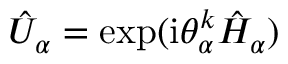
\hat { U } _ { \alpha } = \exp ( \mathrm { i } \theta _ { \alpha } ^ { k } \hat { H } _ { \alpha } )